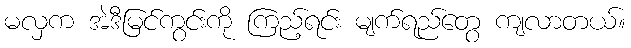
မလှက အဲဒီမြင်ကွင်းကို ကြည့်ရင်း မျက်ရည်တွေ ကျလာတယ်။